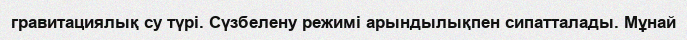
гравитациялық су түрі. Сүзбелену режимі арындылықпен сипатталады. Мұнай